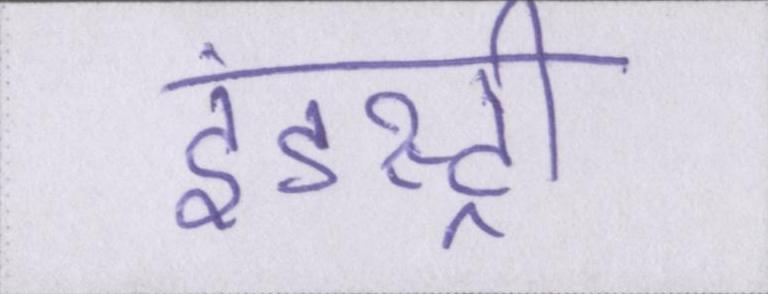
इंडस्ट्री